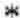
*